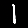
Digit: 1